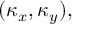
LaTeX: ( \kappa _ { x } , \kappa _ { y } ) ,